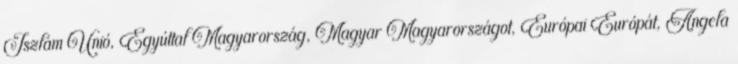
Iszlám Unió, Egyúttal Magyarország, Magyar Magyarországot, Európai Európát, Angela